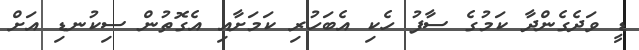
ޑީ ވަދެގެންދާ ކަމުގެ ސާފު ހެކި އެބަހުރި ކަމަށާއި އެގޮތުން ސިކުނޑި އަށް